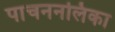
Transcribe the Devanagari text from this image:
पाचननलिका